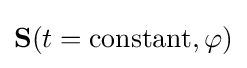
\mathbf {S} (t={\text{constant}},\varphi )